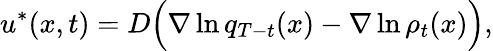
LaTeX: u^{*}(x,t)=D\Big(\nabla\ln q_{T-t}(x)-\nabla\ln\rho_{t}(x)\Big),